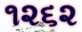
૧૨૬૨